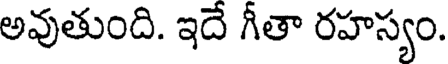
అవుతుంది. ఇదే గీతా రహస్యం.